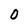
Character: o